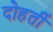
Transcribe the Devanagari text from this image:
दोहर्ती